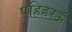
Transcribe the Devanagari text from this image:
पहिहरऊँ